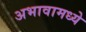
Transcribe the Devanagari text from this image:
अभावामध्ये